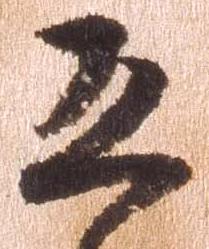
恐